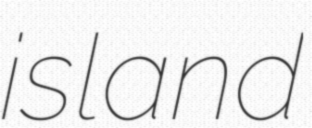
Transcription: island